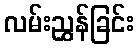
လမ်းညွှန်ခြင်း